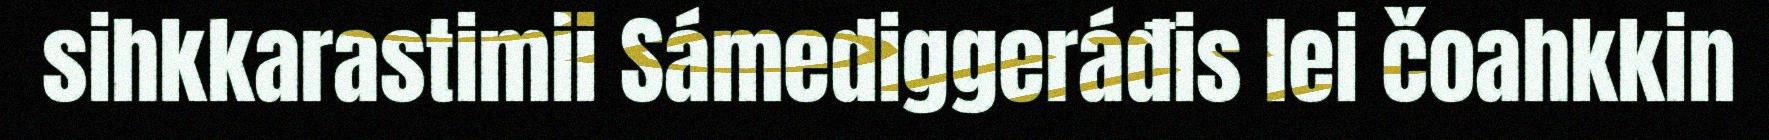
sihkkarastimii Sámediggeráđis lei čoahkkin